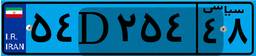
۵۴D۲۵۴۴۸